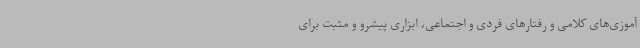
آموزی‌های کلامی و رفتارهای فردی و اجتماعی، ابزاری پیشرو و مثبت برای